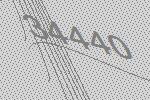
34440